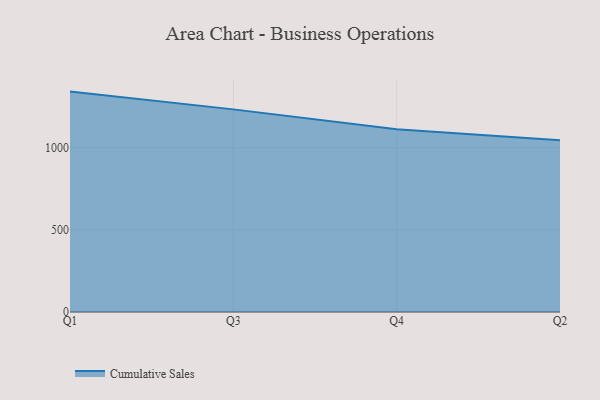
{"axis": {"x": "Quarter", "y": "Shipments"}, "legend": ["Cumulative Sales"], "data": [{"x": "Q1", "y": 1341.2, "type": "Cumulative Sales"}, {"x": "Q3", "y": 1233.0, "type": "Cumulative Sales"}, {"x": "Q4", "y": 1111.5, "type": "Cumulative Sales"}, {"x": "Q2", "y": 1044.6, "type": "Cumulative Sales"}]}